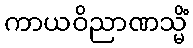
ကာယဝိညာဏသ္မိံ